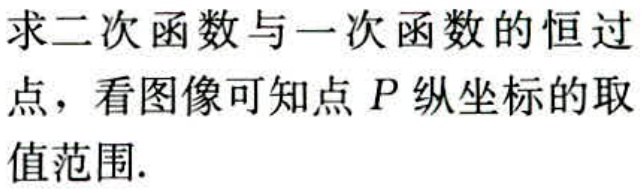
求二次函数与一次函数的恒过
点，看图像可知点 \(P\) 纵坐标的取
值范围.